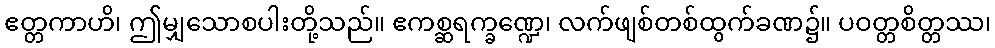
ဧတ္တကာဟိ၊ ဤမျှသောစပါးတို့သည်။ ဧကစ္ဆရက္ခဏ္ဍေ၊ လက်ဖျစ်တစ်ထွက်ခဏ၌။ ပဝတ္တစိတ္တဿ၊